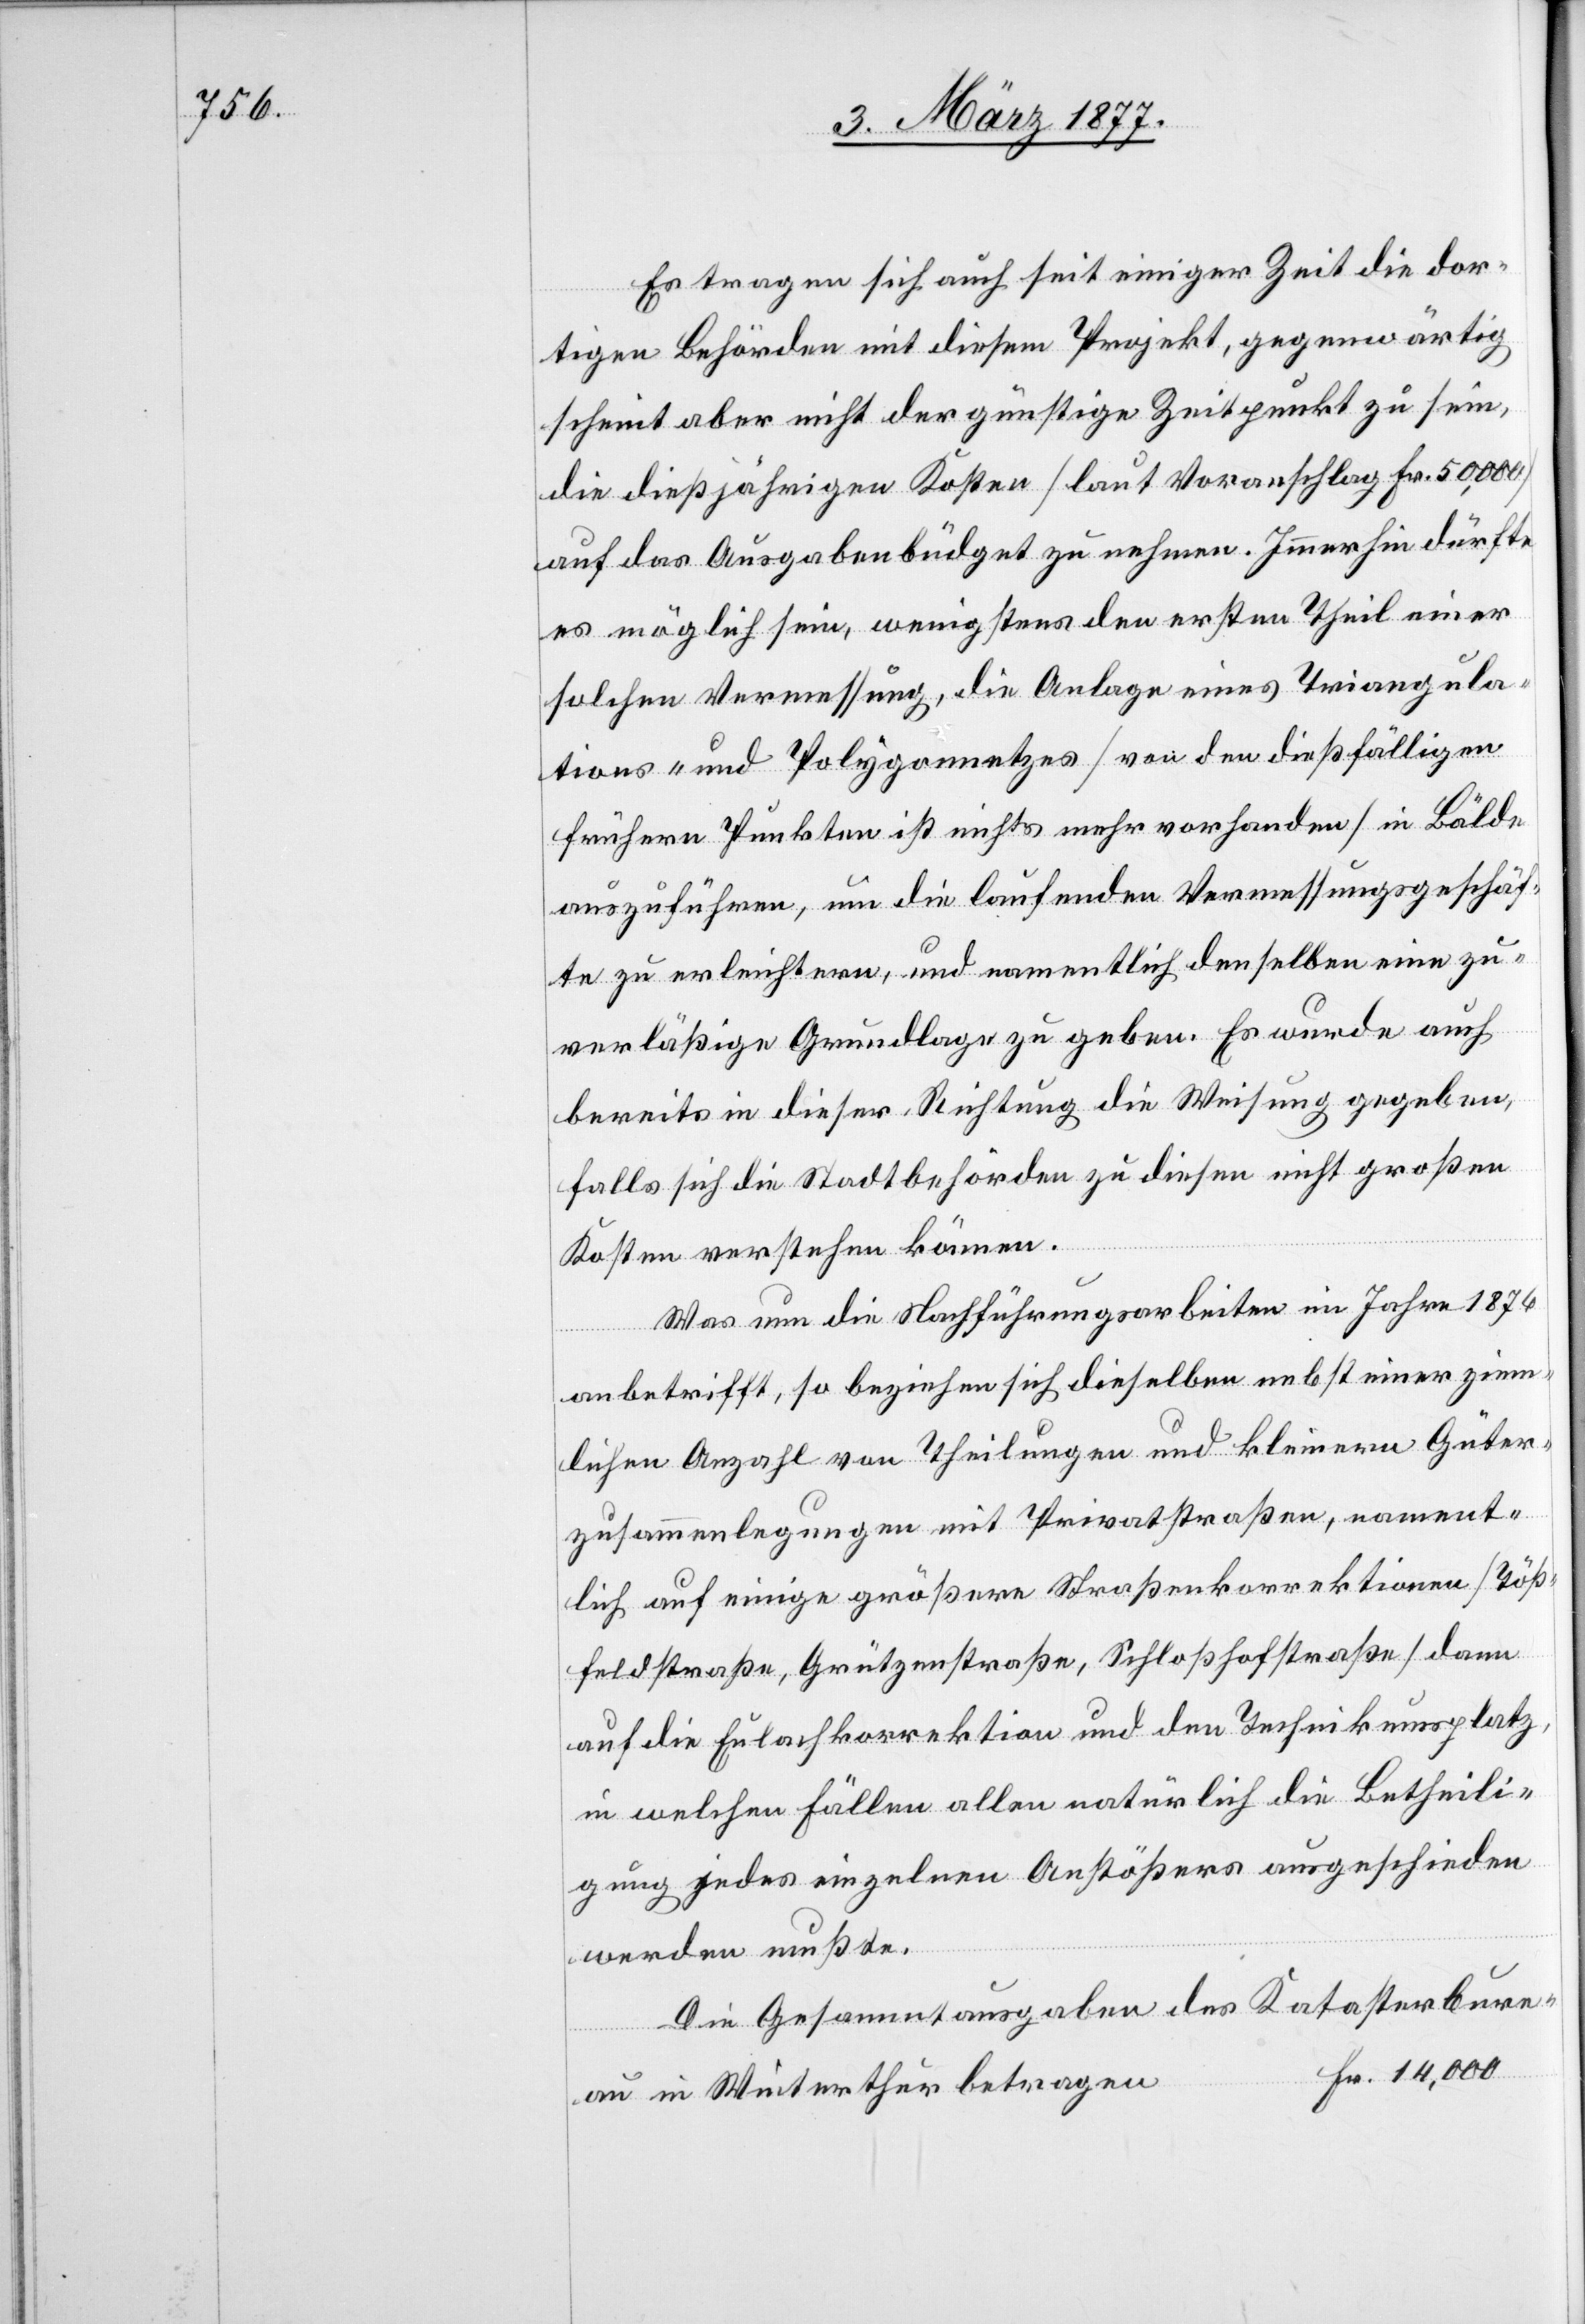
Es tragen sich auch seit einiger Zeit die dor¬
tigen Behörden mit diesem Projekt, gegenwärtig
scheint aber nicht der günstige Zeitpunkt zu sein,
die dießjährigen Kosten [laut Voranschlag Fr. 50,000]
auf das Ausgabenbüdget zu nehmen. Immerhin dürfte
es möglich sein, wenigstens den ersten Theil einer
solchen Vermessung, die Anlage eines Triangula¬
tions- und Polygonnetzes [von den dießfälligen
frühern Punkten ist nichts mehr vorhanden] in Bälde
auszuführen, um die laufenden Vermessungsgeschäf¬
te zu erleichtern, und namentlich denselben eine zu¬
verläßige Grundlage zu geben. Es wurde auch
bereits in dieser Richtung die Weisung gegeben,
falls sich die Stadtbehörden zu diesen nicht großen
Kosten verstehen können.
Was nun die Nachführungsarbeiten im Jahr 1876
anbetrifft, so beziehen sich dieselben nebst einer ziem¬
lichen Anzahl von Theilungen und kleineren Güter¬
zusammenlegungen mit Privatstraßen, nament¬
lich auf einige größere Straßenkorrektionen [Töß¬
feldstraße, Grützenstraße, Schloßhofstraße] dann
auf die Eulachkorrektion und den Technikumsplatz,
in welchen Fällen allen natürlich die Betheili¬
gung jedes einzelnen Anstößers ausgeschieden
werden mußte.
Die Gesammtausgaben des Katasterbure¬
au in Winterthur betragen